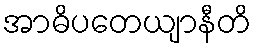
အာဓိပတေယျာနီတိ